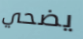
يضحي